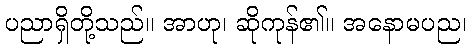
ပညာရှိတို့သည်။ အာဟု၊ ဆိုကုန်၏။ အနောမပည၊